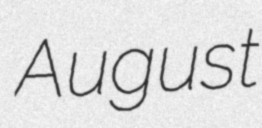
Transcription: August